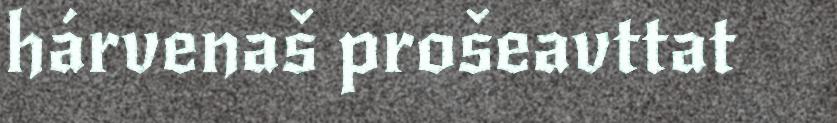
hárvenaš prošeavttat